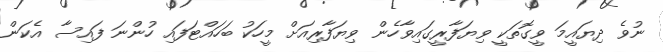
ނުވެ ދިޔައީމަ ވީގޮތަކީ ވިޔަފާރީގައިވާހެން ވިޔަފާރިއަށް މީހަކު ބަހައްޓަފައި ހުންނަ ފައިސާ އެކަން